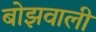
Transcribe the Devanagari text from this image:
बोझवाली